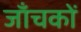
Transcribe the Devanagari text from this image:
जाँचकों